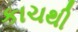
કાચથી